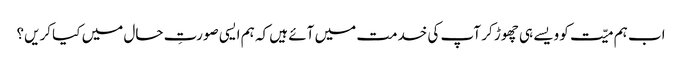
اب ہم میّت کو ویسے ہی چھوڑ کر آپ کی خدمت میں آئے ہیں کہ ہم ایسی صورتِ حال میں کیا کریں؟